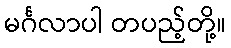
မင်္ဂလာပါ တပည့်တို့။